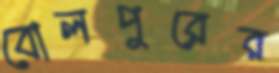
বোলপুরের